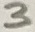
Text: 3